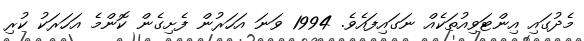
މެދުގައި އިންޓަވިއުތަކެއް ނަގައިފައެވެ. 1994 ވަނަ އަހަރުން ފެށިގެން ކޮންމެ އަހަރަކު ކުރި